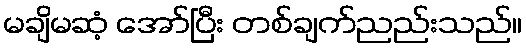
မချိမဆံ့ အော်ပြီး တစ်ချက်ညည်းသည်။